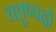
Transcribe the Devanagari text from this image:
चतुष्पदों